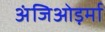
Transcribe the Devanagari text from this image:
अंजिओड़र्मा